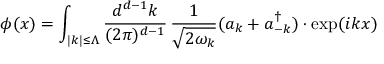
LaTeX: \phi ( x ) = \int _ { | k | \le \Lambda } { \frac { d ^ { d - 1 } k } { ( 2 \pi ) ^ { d - 1 } } } \, { \frac { 1 } { \sqrt { 2 \omega _ { k } } } } ( a _ { k } + a _ { - k } ^ { \dagger } ) \cdot \exp ( i k x )